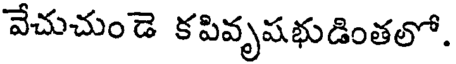
వేచుచుండె కపివృషభుడింతలో.